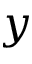
y